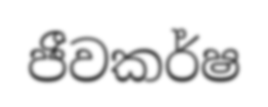
ජීවකර්ෂ